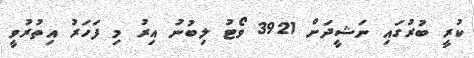
ކުރީ ބުރުގައި ނަޝީދަށް 3921 ވޯޓު ލިބުނު އިރު މި ފަހަރު އިތުރުވީ